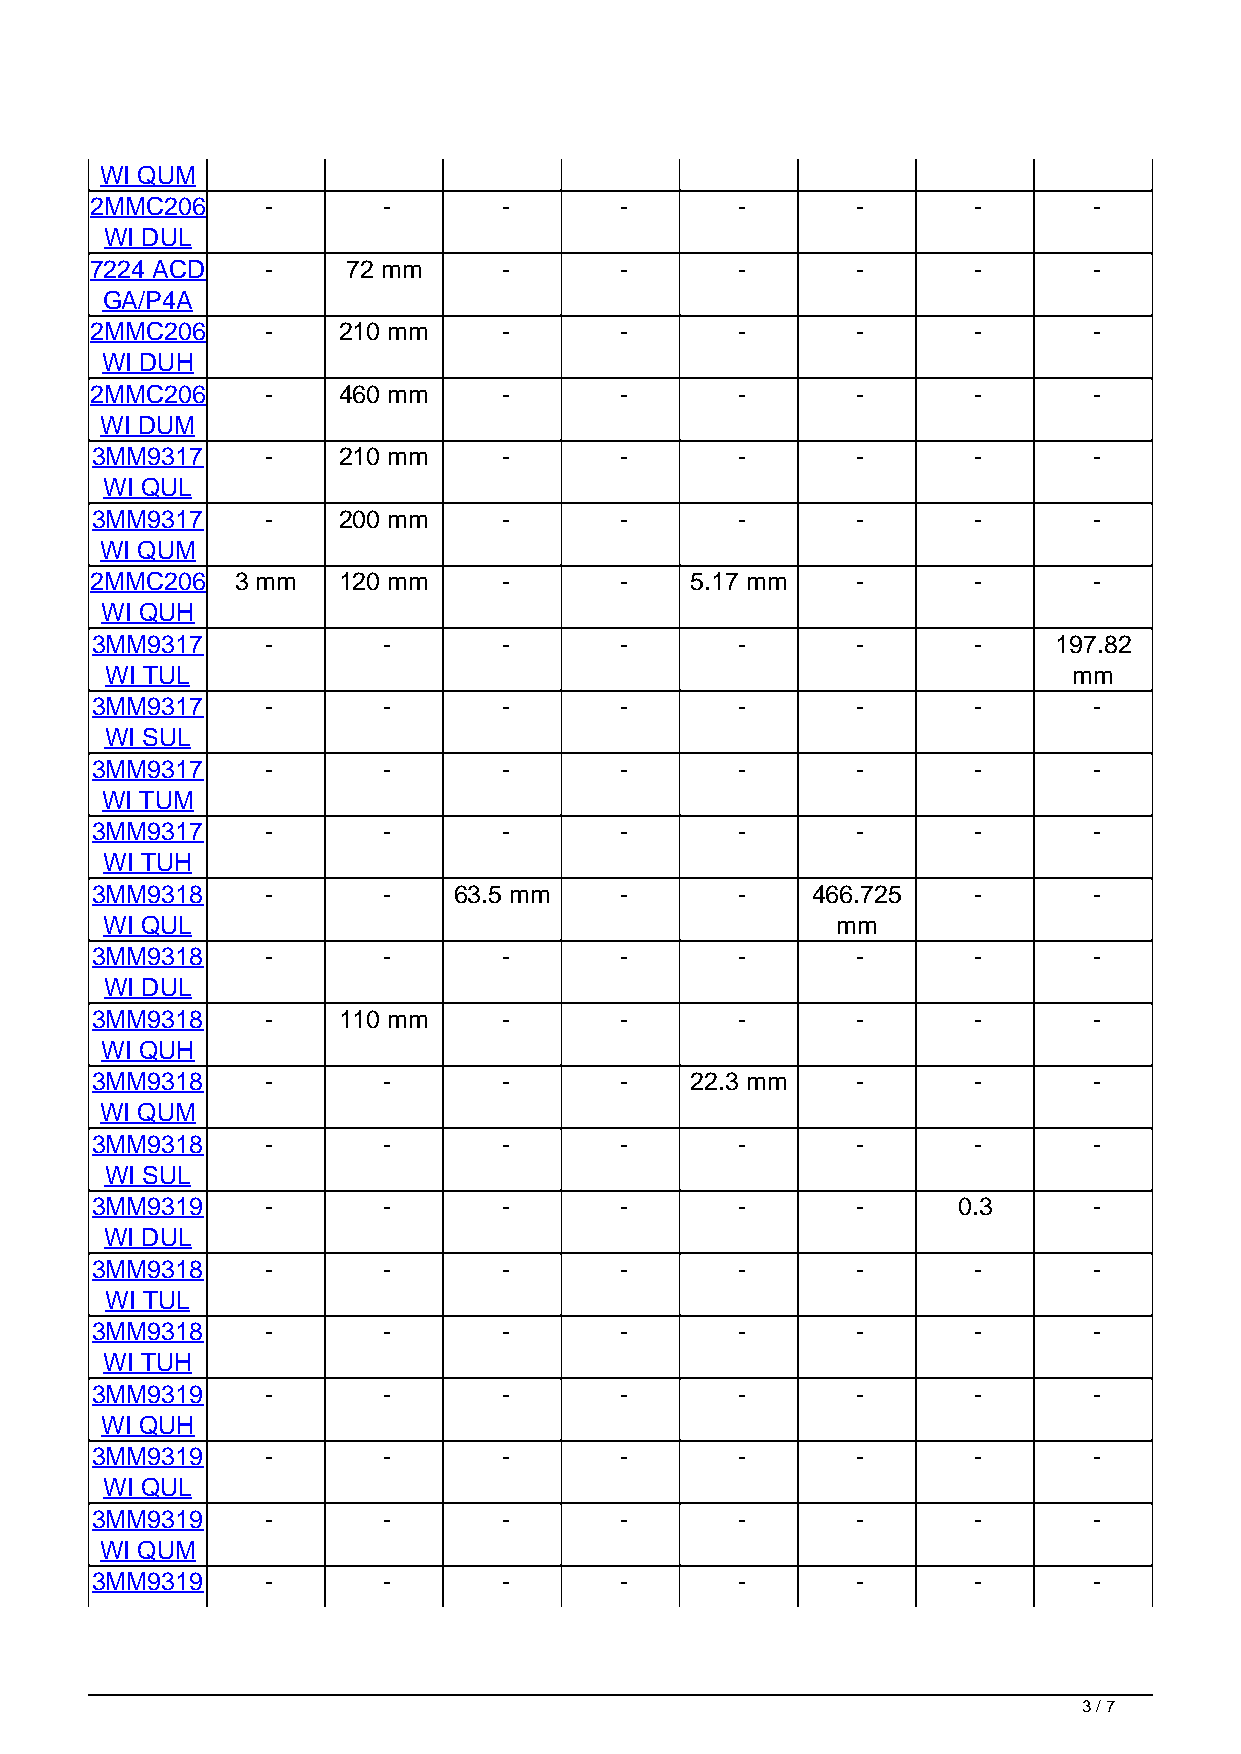
WI QUM
 2MMC206     -      -       -       -       -       -      -       -
 WI DUL
 7224 ACD    -    72 mm     -       -       -       -      -       -
 GA/P4A
 2MMC206     -   210 mm     -       -       -       -      -       -
 WI DUH
 2MMC206     -   460 mm     -       -       -       -      -       -
 WI DUM
 3MM9317     -   210 mm     -       -       -       -      -       -
 WI QUL
 3MM9317     -   200 mm     -       -       -       -      -       -
 WI QUM
 2MMC206   3 mm  120 mm     -       -    5.17 mm    -      -       -
 WI QUH
 3MM9317     -      -       -       -       -       -      -     197.82
 WI TUL                                                          mm
 3MM9317     -      -       -       -       -       -      -       -
 WI SUL
 3MM9317     -      -       -       -       -       -      -       -
 WI TUM
 3MM9317     -      -       -       -       -       -      -       -
 WI TUH
 3MM9318     -      -    63.5 mm    -       -    466.725   -       -
 WI QUL                                          mm
 3MM9318     -      -       -       -       -       -      -       -
 WI DUL
 3MM9318     -   110 mm     -       -       -       -      -       -
 WI QUH
 3MM9318     -      -       -       -    22.3 mm    -      -       -
 WI QUM
 3MM9318     -      -       -       -       -       -      -       -
 WI SUL
 3MM9319     -      -       -       -       -       -     0.3      -
 WI DUL
 3MM9318     -      -       -       -       -       -      -       -
 WI TUL
 3MM9318     -      -       -       -       -       -      -       -
 WI TUH
 3MM9319     -      -       -       -       -       -      -       -
 WI QUH
 3MM9319     -      -       -       -       -       -      -       -
 WI QUL
 3MM9319     -      -       -       -       -       -      -       -
 WI QUM
 3MM9319     -      -       -       -       -       -      -       -
 3 / 7